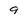
Character: 9